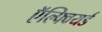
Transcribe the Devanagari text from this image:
ऍल्फ्वियर्ड